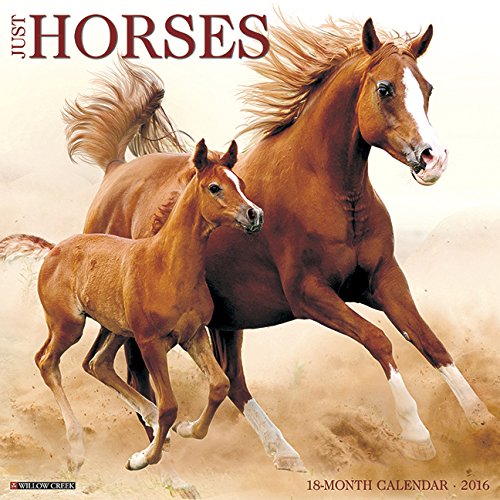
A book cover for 2016 Just Horses Wall Calendar; Willow Creek Press; Calendars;